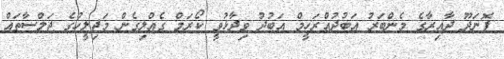
ފޮނަދޫ ދާއިރާގެ މެންބަރު އަބުދުއްރަހީމް އަބުދު ވިދާޅުވީ ކޯރަމް ގެއްލިގެން މަޖިލީހުގެ ޖަލްސާތައް